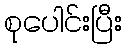
စုပေါင်းပြီး